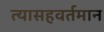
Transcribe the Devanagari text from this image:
त्यासहवर्तमान